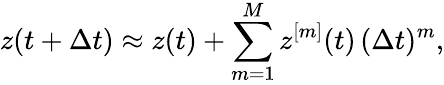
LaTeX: z(t+\Delta t)\approx z(t)+\sum_{m=1}^{M}z^{[m]}(t)\, (\Delta t)^{m},